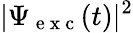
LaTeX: \vert\Psi_{\mathrm{~e~x~c~}}(t)\vert^{2}